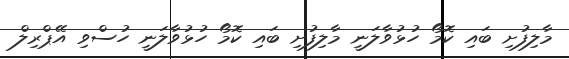
މާލިފުށި ބައި ކޮމޯ ހުޅުވާލަނީ މާލިފުށި ބައި ކޮމޯ ހުޅުވާލަނީ ހުސްވި އޭޕްރިލް